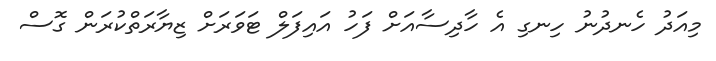
މިއަދު ހެނދުނު ހިނގި އެ ހާދިސާއަށް ފަހު އައިފަލް ޓަވަރަށް ޒިޔާރަތްކުރަން ގޮސް